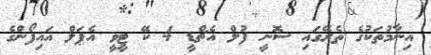
އިނާމުތަކުގެ ތެރޭގައި ސޮނީ ފުލް އެޗްޑީ 4 ކޭ ޓީވީ އެޕަލް އައިފޯންގެ